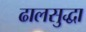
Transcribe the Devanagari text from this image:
ढालसुद्धा